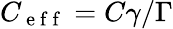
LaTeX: C_{\mathrm{~e~f~f~}}=C\gamma/\Gamma